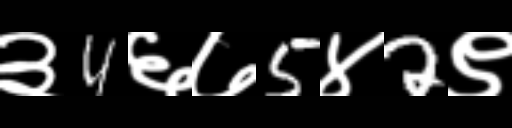
Text: ३4६७5४2९